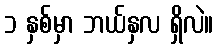
၁ နှစ်မှာ ဘယ်နှလ ရှိလဲ။